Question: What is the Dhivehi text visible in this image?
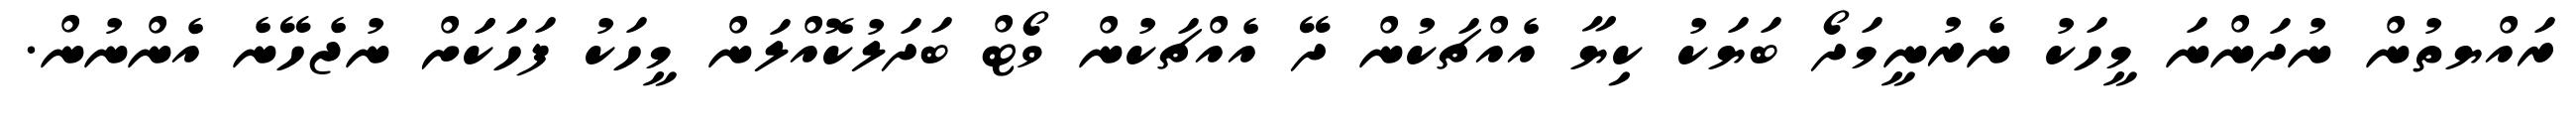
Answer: ރައްޔތުން ނުދަންނަ މީހަކު ނެރުނީމަދޯ ބަޔަކު ކިޔާ އެއްޗަކުން ދޭ އެއްޗަކުން ވޯޓް ބަދަލުކޮއްލަން މީހަކު ފަހަކަަށް ނުޖެހޭނެ އެންނުން.